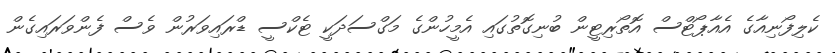
ކެލިފޯނިއާގެ އެއާޕޯޓްސް އޮތޯރިޓީން ބުނިގޮތުގައި އެމީހުންގެ މަގްސަދަކީ ޓެކްސީ ޑްރައިވަރުން ވެސް ފެންވަރައިގެން